Annual report on the working of the mental hospitals in the Madras Presidency - 1912-1932
Year: 1912
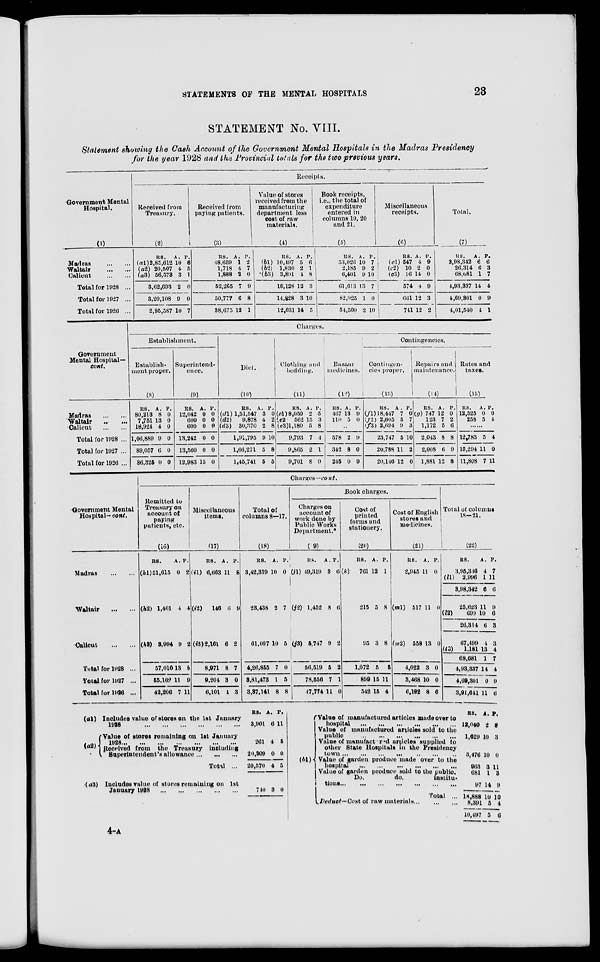
STATEMENTS OF THE MENTAL HOSPITALS
23
STATEMENT No. VIII.
Statement showing the Cash Account of the Government Mental Hospitals in the Madras Presidency
for the year 1928 and the Provincial totals for the two previous years.
Receipts.
Government Mental
Hospital.
(1)
Madras ... ...
Waltair
...
...
Calicut
Total for 1928 ...
Total for 1927 ...
Total for 1926 ...
Received from
Treasury.
(2)
RS.
(a1)2,85,612
(a2) 20,507
(a3) 56,573
3,62,693
3,20,108
2,95,587
A.
10
4
3
2
9
10
P.
6
5
1
0
0
7
Received from
paying patients.
(3)
RS.
48,659
1,718
1,888
52,265
50,777
38,675
A.
1
4
2
7
6
12
P.
2
7
0
9
8
1
Value of stores
received from the
manufacturing
department less
cost of raw
materials.
(4)
RS.
(b1) 10,497
(b2)
1,830
(b3) 3,801
18,128
14,828
12,031
A.
5
2
4
12
3
14
P.
6
1
8
3
10
5
Book receipts,
i.e., the total of
expenditure
entered in
columns 19, 20
and 21.
(5)
RS.
53,026
2,185
6,401
61,613
82,925
54,500
A.
10
9
9
13
1
2
P.
7
2
10
7
0
10
Miscellaneous
receipts.
(6)
RS.
(c1) 547
(c2) 10
(c3) 16
574
661
741
A.
4
2
14
4
12
12
P.
9
0
0
9
3
2
Total.
(7)
RS.
3,98,342
26,314
68,681
4,93,337
4,69,301
4,01,540
A.
6
6
1
14
0
4
P.
6
3
7
4
9
1
Government
Mental Hospital—
cont.
Madras ... ...
Waltair
..
...
Calicut
Total for 1928 ...
Total for 1927 ...
Total for 1926 ...
Charges.
Establishment.
Establish-
ment proper.
(8)
RS.
80,213
7,751
18,924
1,06,889
89,057
86,325
A.
8
13
4
9
6
0
P.
0
0
0
0
0
0
Superintend-
ence.
(9)
RS.
12,042
600
600
13,242
13,560
12,983
A.
0
0
0
0
0
15
P.
0
0
0
0
0
0
Diet.
(10)
RS.
(d1) 1,51,547
(d2)
9,878
(d3)
30,370
1,91,795
1,66,271
1,45,741
A.
3
4
2
9
5
5
P.
0
2
8
10
8
5
Clothing and
bedding.
(11)
RS.
(e1)8,050
(e2)
562
(e3)1,180
9,793
9,865
9,701
A.
2
15
5
7
2
8
P.
5
3
8
4
1
9
Bazaar
medicines.
(12)
RS.
467
110
A.
13
5
P.
9
0
..
578
342
245
2
8
0
9
0
9
Contingencies.
Contingen¬
cies
proper.
(13)
RS.
(f1) 18,447
(f2) 2,605
(f3) 2,694
23,747
20,788
20,146
A.
7
5
9
5
11
12
P.
0
7
3
10
2
0
Repairs and
maintenance.
(14)
RS.
(g) 747
123
1,172
2,043
2,008
1,881
A.
12
7
5
8
6
12
P.
0
2
6
8
9
8
Rules and
taxes.
(15)
RS.
12,525
258
A.
0
5
P.
0
4
......
12,783
15,294
11,808
5
11
7
4
0
11
Government Mental
Hospital—cont.
Madras ... ...
Waltair
...
...
Calicut
...
...
Total for 1928 ...
Total for 1927 ...
Total for 1926 ...
Charges—cont.
Remitted to
Treasury on
account of
paying
patients, etc.
(16)
RS.
(h1) 51,615
(h2) 1,401
(h3) 3,994
57,010
55,102
42,206
A.
0
4
9
13
11
7
P.
2
4
2
8
9
11
Miscellaneous
items.
(17)
RS.
(i1) 6,663
(i2)
146
(i3) 2,161
8,971
9,204
6,101
A.
11
6
6
8
3
4
P.
6
9
2
7
0
3
Total of
columns 8—17.
(18)
RS.
3,42,319
23,438
61,097
4,26,855
3,81,473
3,37,141
A.
10
2
10
7
1
8
P.
0
7
5
0
5
8
Book charges.
Charges on
account of
work done by
Public Works
Department.*
(19)
RS.
(j1) 49,319
(j2) 1,452
(j3) 5,747
56,519
78,556
47,774
A.
3
8
9
5
7
11
P.
6
6
2
2
1
0
Cost of
printed
forms and
stationery.
(20)
RS.
(k)
761
215
95
1,072
899
542
A.
12
5
3
5
15
15
P.
1
8
8
5
11
4
Cost of English
stores and
medicines.
(21)
RS.
2,945
(ml) 517
(m2) 558
4,022
3,468
6,182
A.
11
11
13
3
10
8
P.
0
0
0
0
0
6
Total of columns
18—21.
(22)
RS.
3,95,316
(l1)
2,996
3,98,342
25,623
(l2)
690
26,314
67,499
(l3)
1,181
68,681
4,93,337
4,69,301
3,91,641
A.
4
1
6
11
10
6
4
13
1
14
0
11
P.
7
11
6
9
6
3
3
4
7
4
9
6
(al)
(a2)
Includes value of stores on the 1st January
1928
...
...
...
...
...
...
Value of stores remaining on 1st January
1928...
...
...
...
...
...
Received from
the Treasury
including
Superintendent's allowance
...
...
Total ...
(a3)
Includes value of stores remaining on 1st
January
1928
...
...
...
...
...
...
RS
3,901
261
20,309
20,570
740
A.
6
4
0
4
3
P.
11
5
0
5
0
(b1)
Value of manufactures articles made over to
hospital
...
...
...
...
...
...
Value of manufactured articles sold to the
public
...
...
...
...
...
...
Value of manufactured articles supplied to
other State Hospitals in the Presidency
town
...
...
...
...
...
...
Value of garden produce made over to the
hospital
...
...
...
...
...
...
Value of garden produce sold to the public.
Do.
do.
institu¬
tions
...
...
...
...
...
...
Total ...
Deduct—Cost of raw materials...
...
RS.
12,040
1,629
3,476
963
681
97
18,888
8,391
10,497
A.
2
10
10
3
1
14
10
5
5
P.
8
3
0
11
3
9
10
4
6
4-A